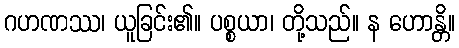
ဂဟဏဿ၊ ယူခြင်း၏။ ပစ္စယာ၊ တို့သည်။ န ဟောန္တိ။